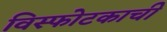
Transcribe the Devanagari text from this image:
विस्फोटकाची